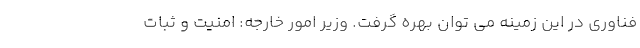
فناوری در این زمینه می توان بهره گرفت. وزیر امور خارجه: امنیت و ثبات